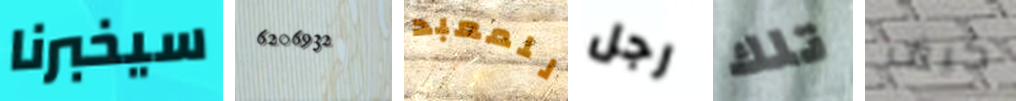
سيخبرنا 6206932 للمعبد رجل تلك كيف